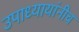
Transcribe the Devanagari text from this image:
उपाध्यायांनीच